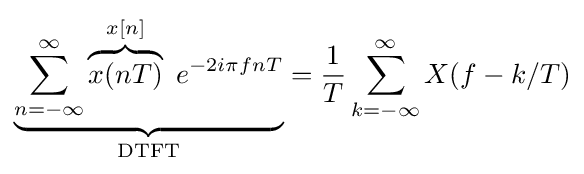
\underbrace {\sum _{n=-\infty }^{\infty }\overbrace {x(nT)} ^{x[n]}\ e^{-2i\pi fnT}} _{\text{DTFT}}={\frac {1}{T}}\sum _{k=-\infty }^{\infty }X(f-k/T)